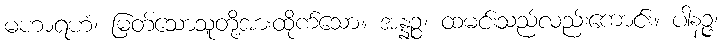
မဟာရဟံ၊ မြတ်သောသူတို့အားထိုက်သော။ အန္နဉ္စ၊ ထမင်းသည်လည်းကောင်း။ ပါနဉ္ဇ၊